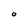
Character: O